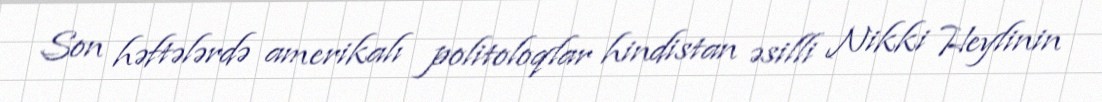
Son həftələrdə amerikalı politoloqlar hindistan əsilli Nikki Heylinin